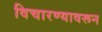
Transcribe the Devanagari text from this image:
विचारण्यावरून